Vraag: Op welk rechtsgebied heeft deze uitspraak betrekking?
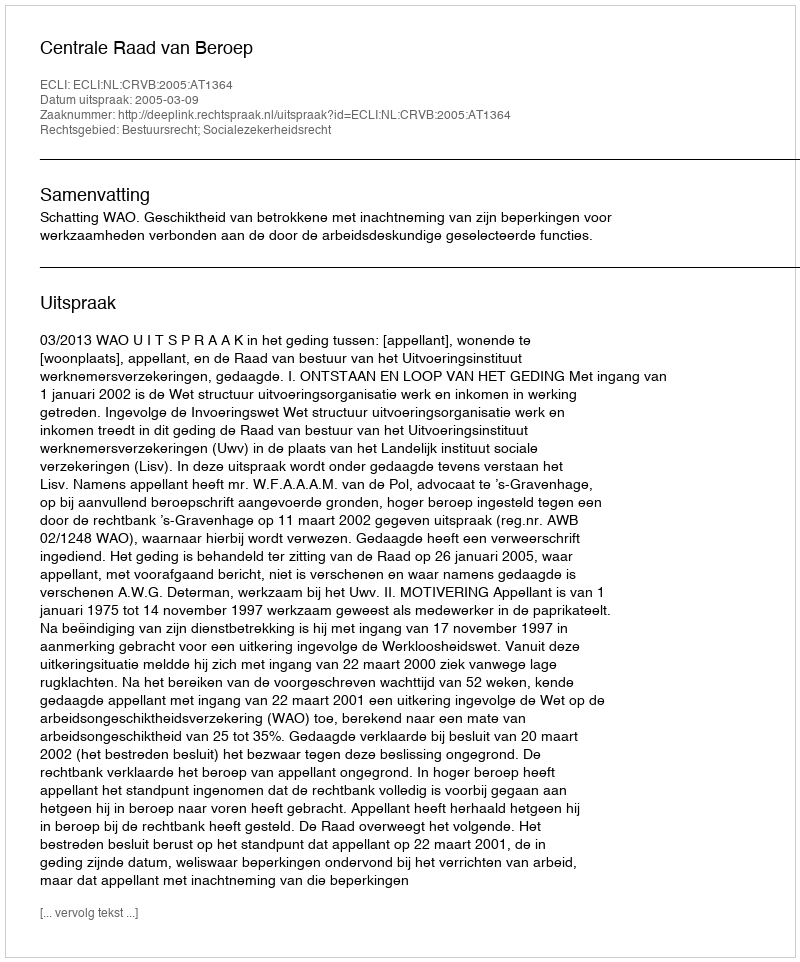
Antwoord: Bestuursrecht; Socialezekerheidsrecht